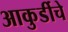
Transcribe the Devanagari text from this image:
आकुर्डीचे